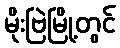
မိုးဗြဲမြို့တွင်